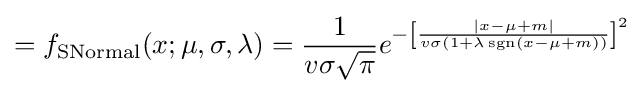
=f_{\text{SNormal}}(x;\mu ,\sigma ,\lambda )={\frac {1}{v\sigma {\sqrt {\pi }}}}e^{-\left[{\frac {|x-\mu +m|}{v\sigma (1+\lambda \operatorname {sgn}(x-\mu +m))}}\right]^{2}}